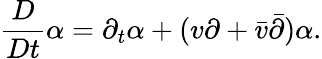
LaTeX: \frac{D}{Dt}\alpha=\partial_{t}\alpha+(v\partial+\bar{v}\bar{\partial})\alpha.